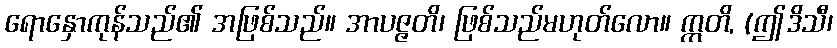
ရောနှောကုန်သည်၏ အဖြစ်သည်။ အာပဇ္ဇတိ၊ ဖြစ်သည်မဟုတ်လော။ ဣတိ, (ဤဒိသီ၊